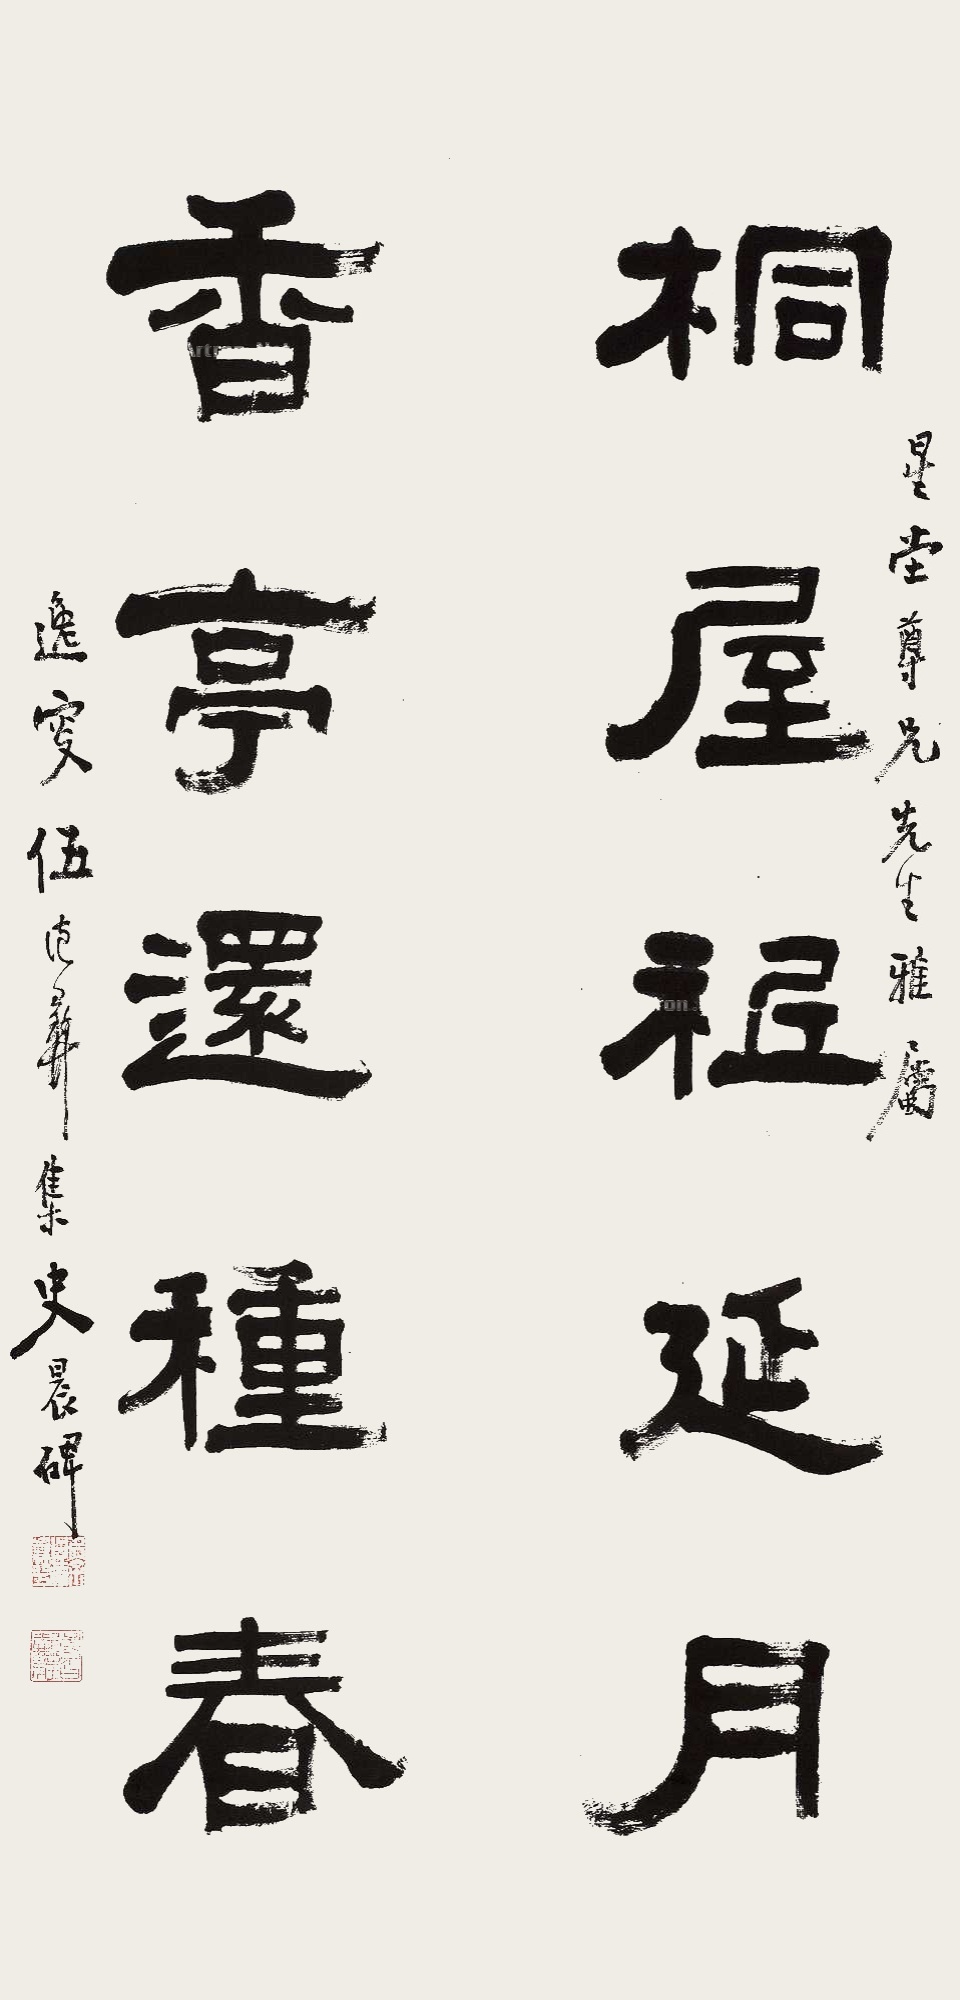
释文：桐屋只延月，香亭还种春。星堂尊兄先生雅属，逸叟伍德彝集史晨碑。